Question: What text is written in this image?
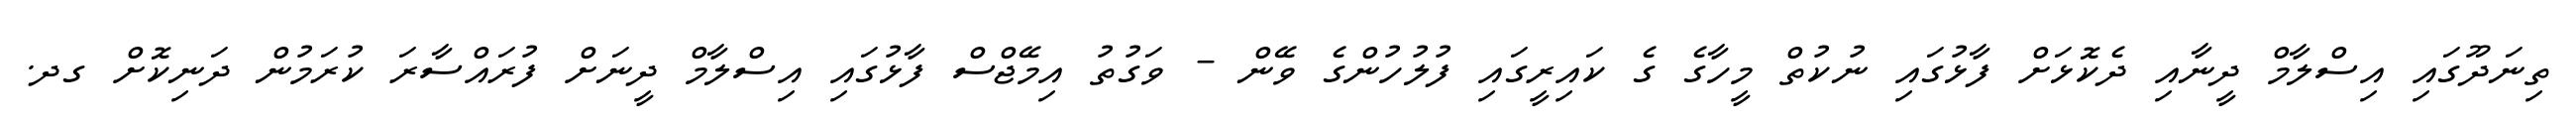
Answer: ތިނަދޫގައި އިސްލާމް ދީނާއި ދެކޮޅަށް ފާޅުގައި ނުކުތް މީހާގެ ގެ ކައިރީގައި ފުލުހުންގެ ވޭން - ވަގުތު އިމޭޖްސް ފާޅުގައި އިސްލާމް ދީނަށް ފުރައްސާރަ ކުރަމުން ދަނިކޮށް ގދ.